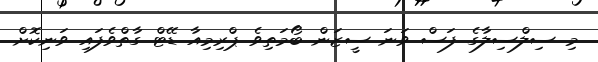
މި ސިލްސިލާގެ ފަސް ވަނަ ސީޒަން ބޯމަތިވެ ޕްރިމިއާ ޑޭޓް ގާތްވެފައި ވަނިކޮށް